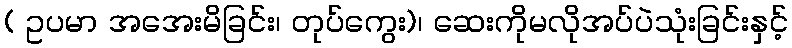
( ဥပမာ အအေးမိခြင်း၊ တုပ်ကွေး)၊ ဆေးကိုမလိုအပ်ပဲသုံးခြင်းနှင့်